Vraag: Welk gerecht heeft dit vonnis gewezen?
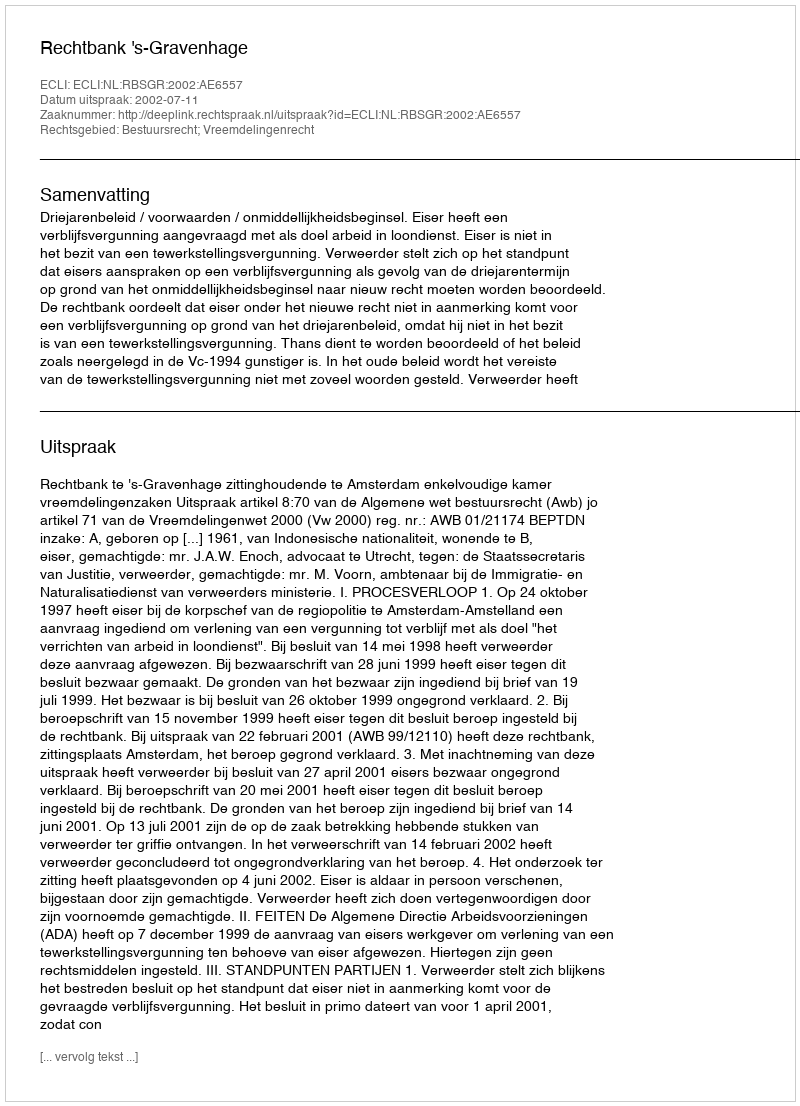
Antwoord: Rechtbank 's-Gravenhage